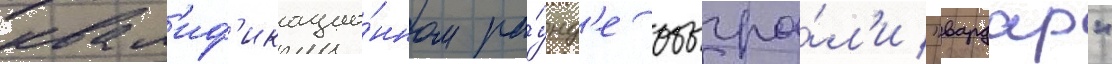
квал'иф'икацио́нном ра́унд'е обыгра́л'и "вардар"